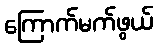
ကြောက်မက်ဖွယ်